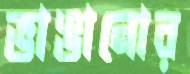
ভাঙানোর